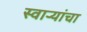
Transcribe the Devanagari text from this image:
स्वाऱ्यांचा